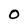
Character: 0